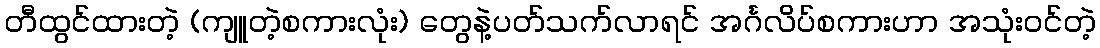
တီထွင်ထားတဲ့ (ကျူတဲ့စကားလုံး) တွေနဲ့ပတ်သက်လာရင် အင်္ဂလိပ်စကားဟာ အသုံးဝင်တဲ့